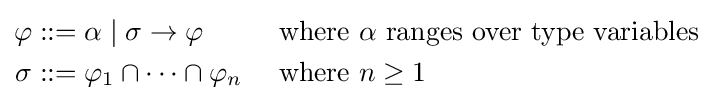
{\begin{aligned}\varphi &::=\alpha \mid \sigma \to \varphi &&{\text{ where }}\alpha {\text{ ranges over type variables}}\\\sigma &::=\varphi _{1}\cap \cdots \cap \varphi _{n}&&{\text{ where }}n\geq 1\end{aligned}}